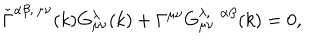
\check { \Gamma } ^ { \alpha \beta , \, \mu \nu } ( k ) G _ { \mu \nu } ^ { \lambda } ( k ) + \Gamma ^ { \mu \nu } G _ { \mu \nu } ^ { \lambda , \; \; \alpha \beta } ( k ) = 0 ,